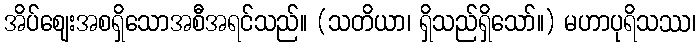
အိပ်ဈေးအစရှိသောအစီအရင်သည်။ (သတိယာ၊ ရှိသည်ရှိသော်။) မဟာပုရိသဿ၊